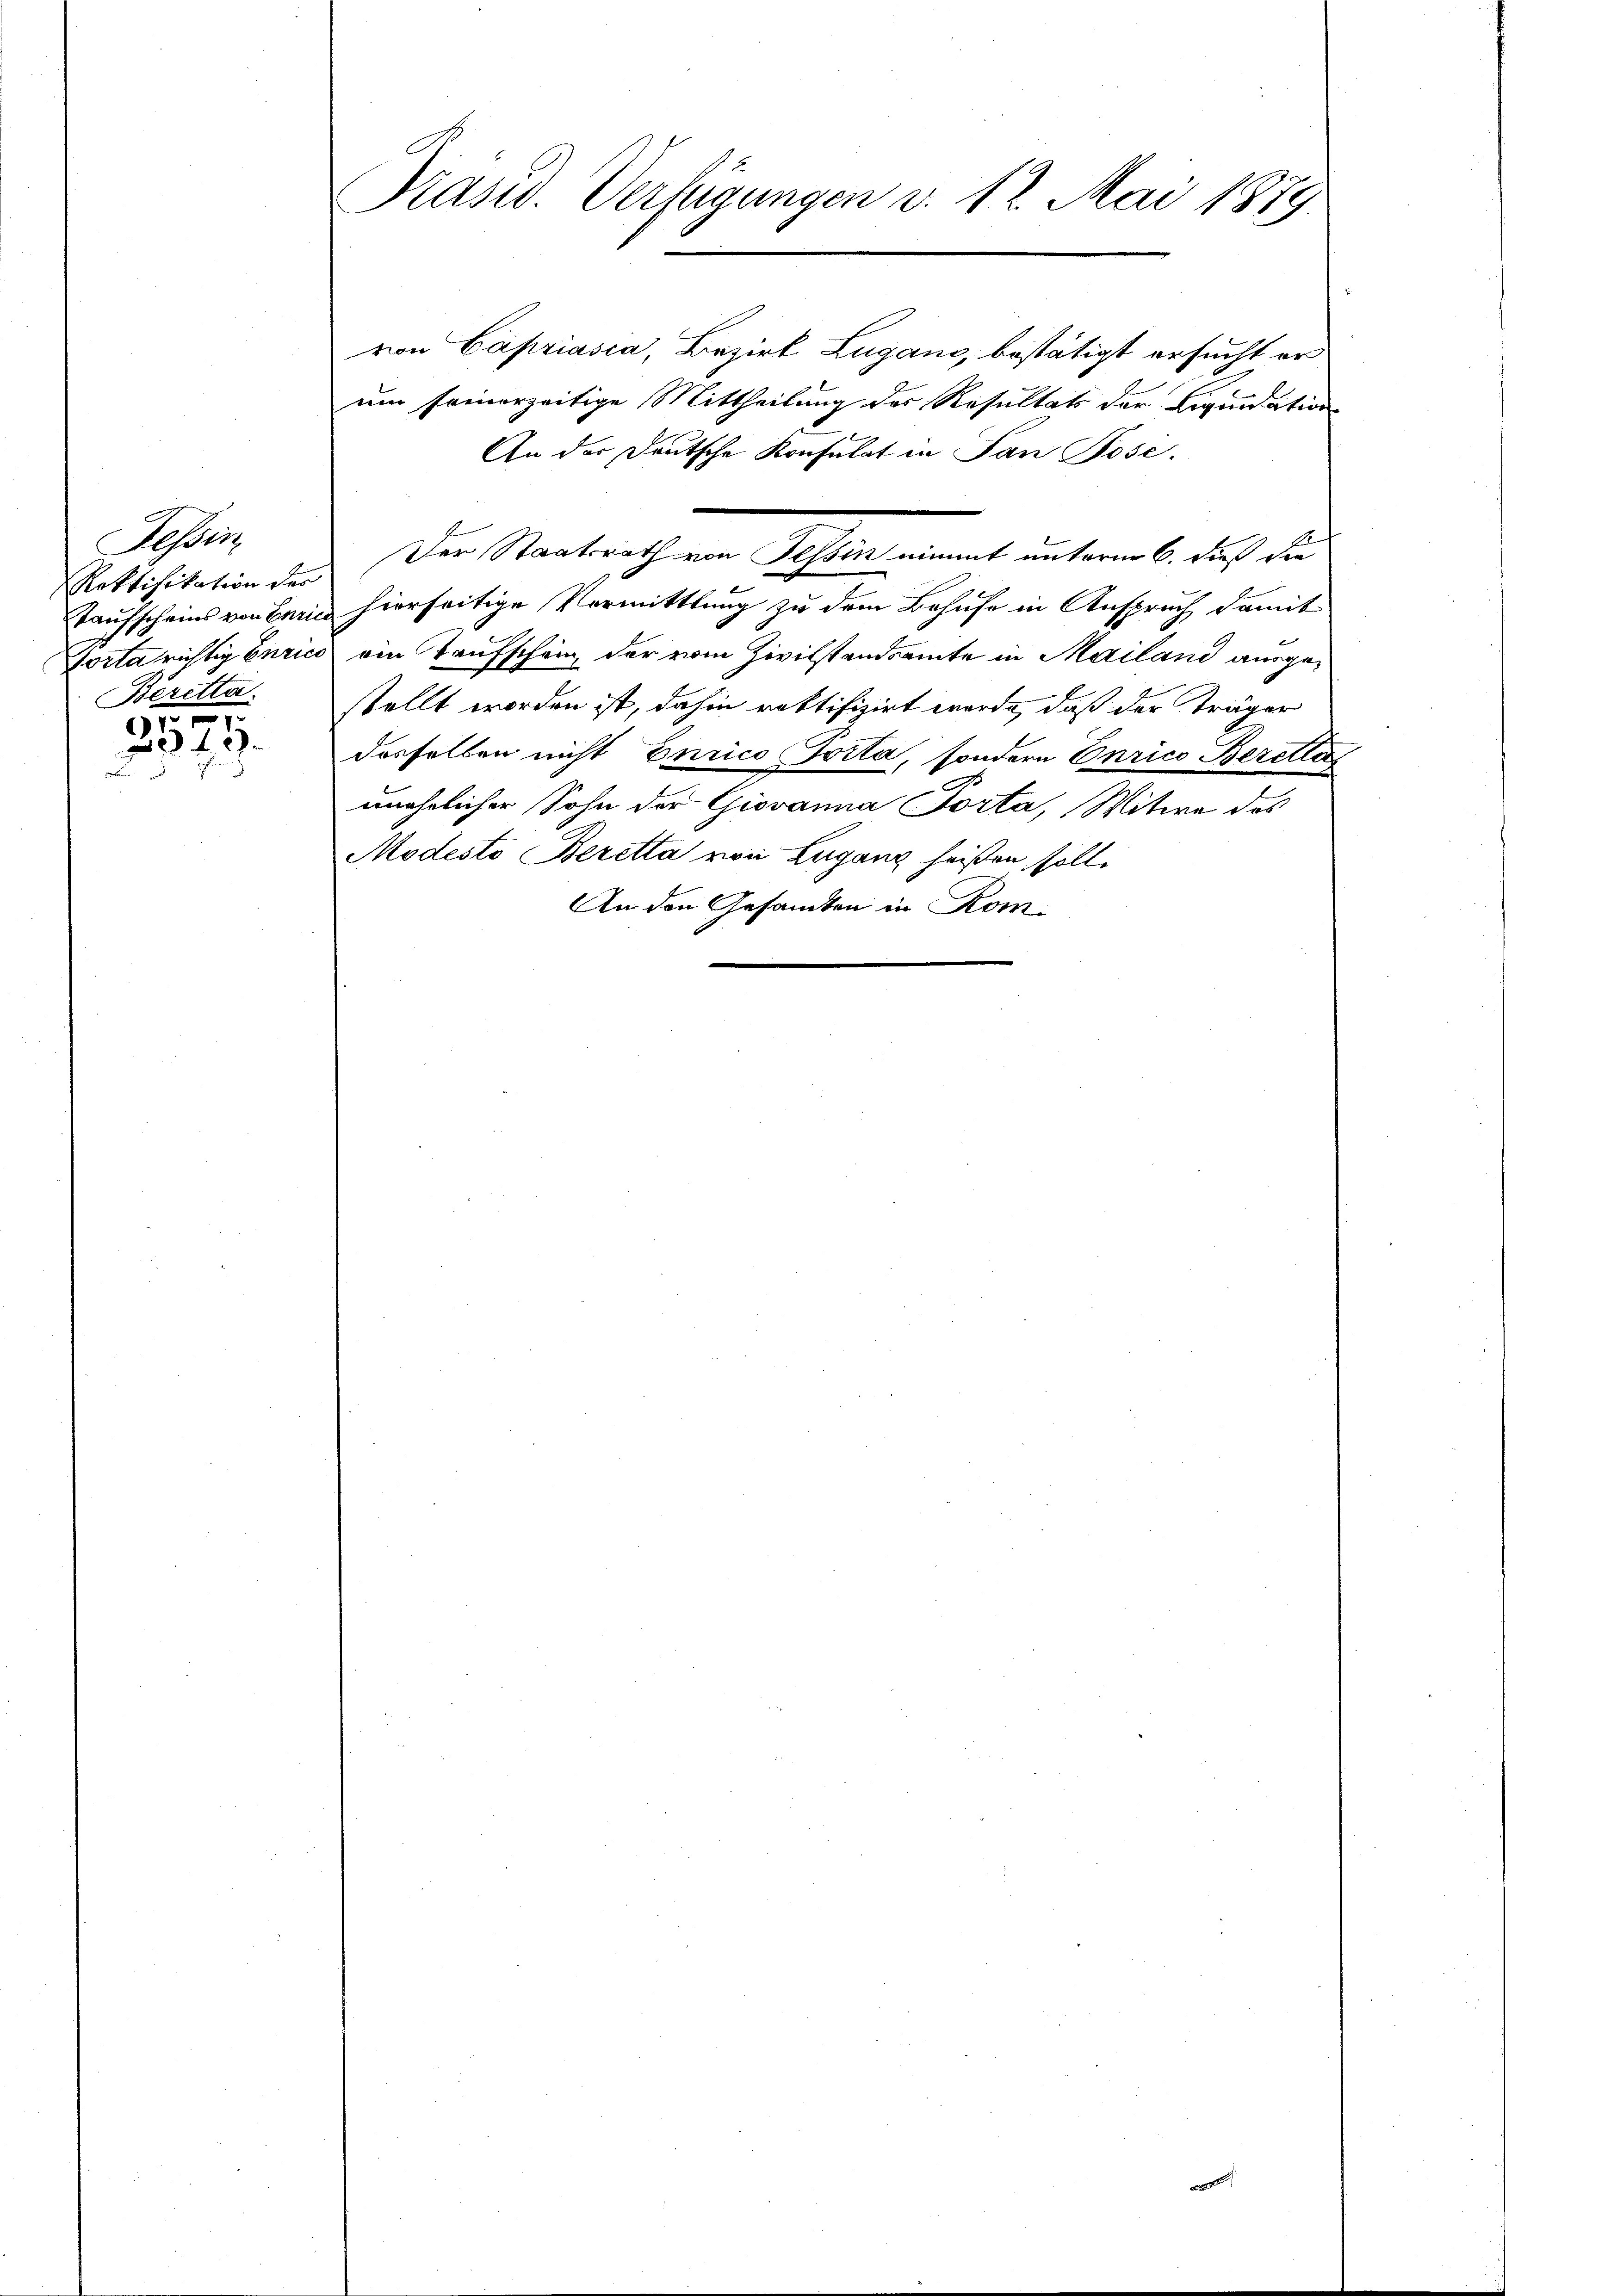
Tessin
Roktifikation des
Beretta
67

849.
2

Kasw. Verfügungen v. 12. Mai 1879

von Capriasca, Bezirk Lugano, bestätigt ersucht er
um seinerzeitige Mittheilung des Resultats der Liquidation
An der Deutsche Konsulat in San Pose.
Der Staatsrath von Tessin nimmt unterm 6. dieß die
 x
Taufscheins von Buri hierseitige Vermittlung zu dem Behufe in Anspruch damit
Porta richtig Curico ein Taufschein der vom Zivilstandsamte in Mailand ausgestellt worden ist, dahin rektifizirt werde, daß der Träger
desselben nicht Eurico Porta, sondern Enrico Berette
unehelicher Sohn der Giovanna Porta, Witwe des
Modesto Beretta von Lugang heißen soll.
An den Gesandten in Kom-